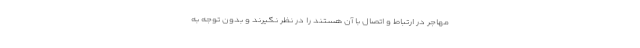
مهاجر در ارتباط و اتصال با آن هستند را در نظر نگیرند و بدون توجه به